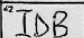
Transcription: IDB